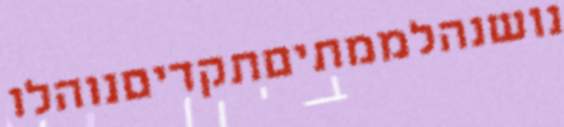
נושנהלממתיםתקדיםנוהלו